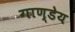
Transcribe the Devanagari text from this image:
गाण्डेय